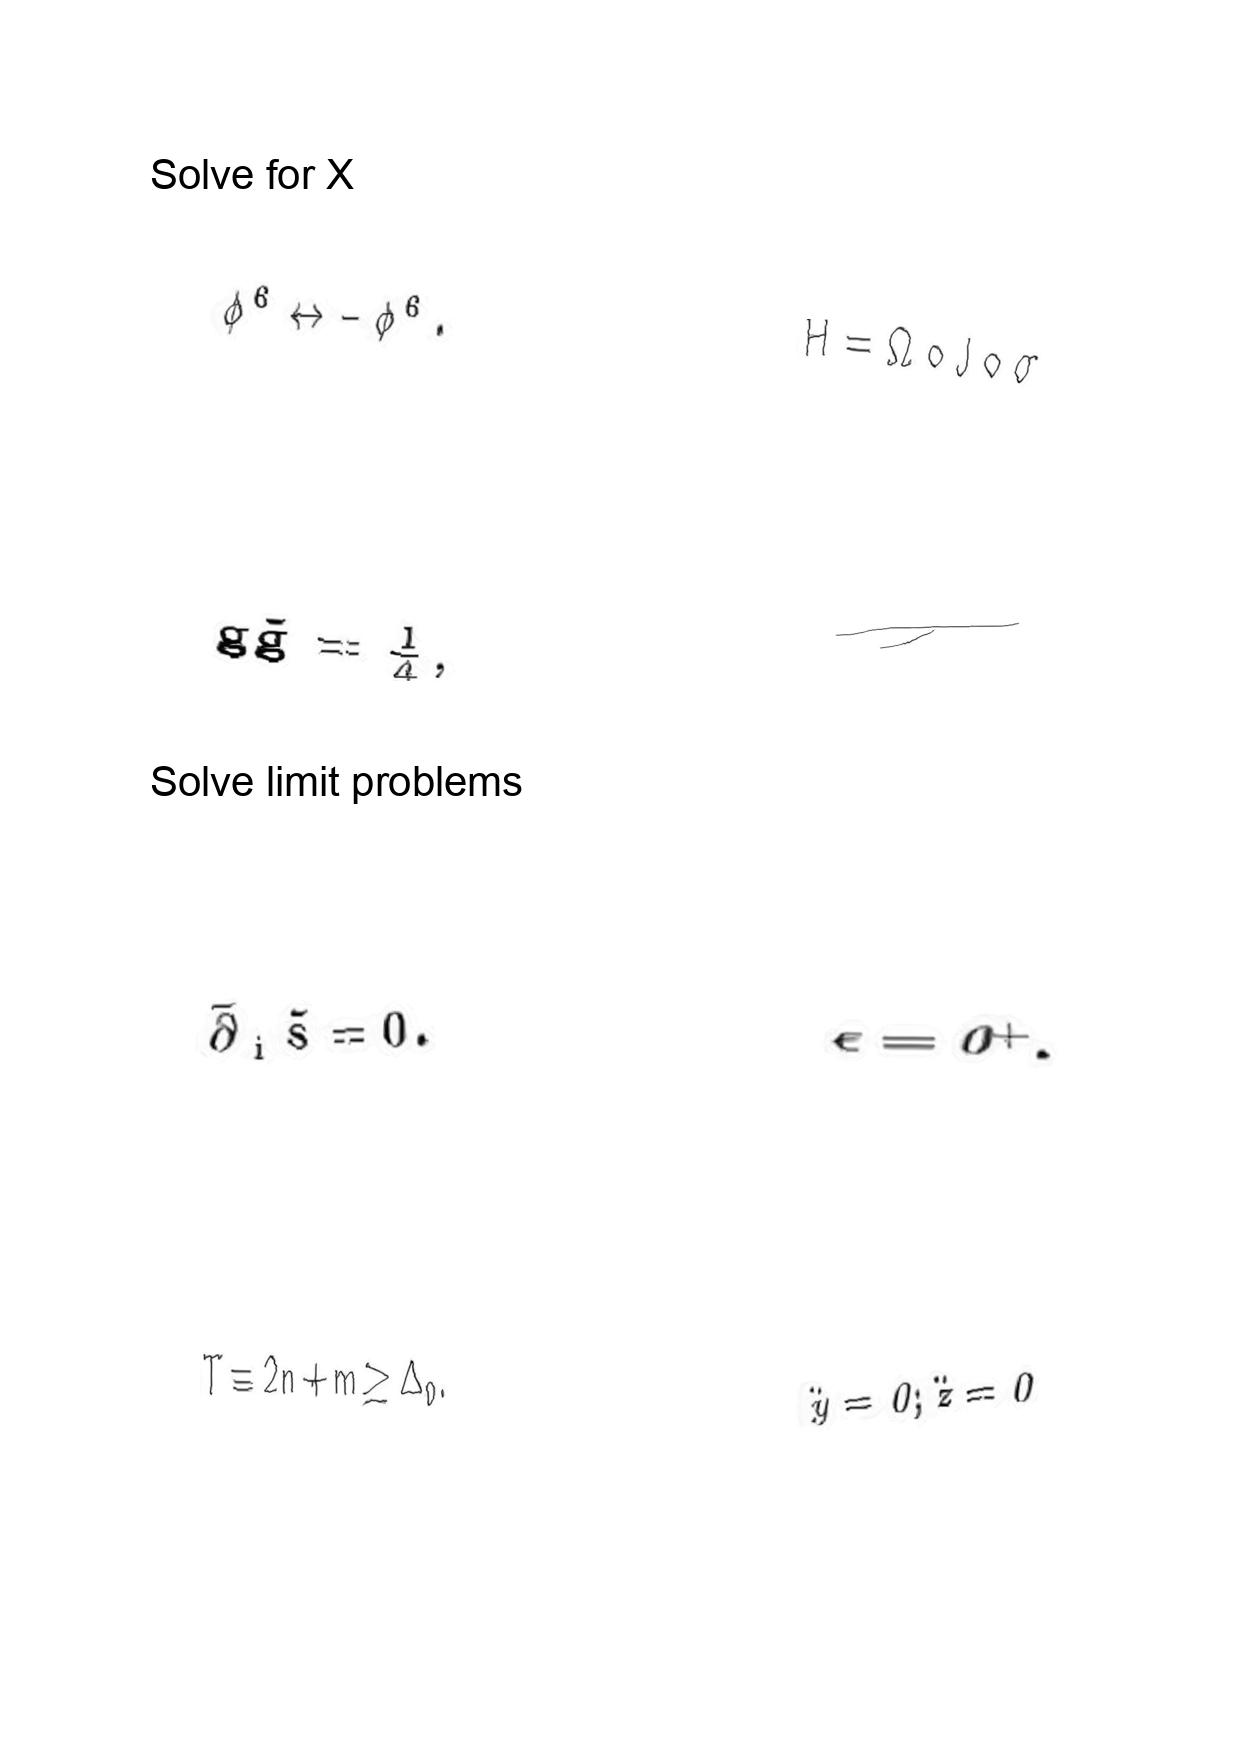
LaTeX transcription:
\phi ^ { 6 } \leftrightarrow - \phi ^ { 6 } .
g \tilde { g } = \frac { 1 } { 4 } ,
\bar { \partial } _ { i } \tilde { s } = 0 .
T \equiv 2 n + m \geq \Delta _ { 0 } .
H = \Omega \circ J \circ \sigma
\tau
\epsilon = 0 ^ { + } .
\ddot { y } = 0 ; \ddot { z } = 0